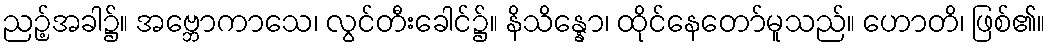
ညဉ့်အခါ၌။ အဗ္ဘောကာသေ၊ လွင်တီးခေါင်၌။ နိသိန္နော၊ ထိုင်နေတော်မူသည်။ ဟောတိ၊ ဖြစ်၏။